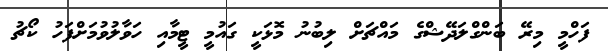
ފަހްމީ މިރޭ ބަންގްލަދޭޝްގެ މައްޗަށް ލިބުނު މޮޅަކީ ގައުމީ ޓީމާއި ހަވާލުވުމަށްފަހު ކޯޗު